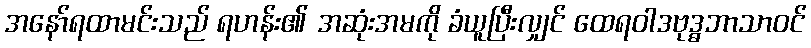
အနော်ရထာမင်းသည် ရဟန်း၏ အဆုံးအမကို ခံယူပြီးလျှင် ထေရဝါဒဗုဒ္ဓဘာသာဝင်